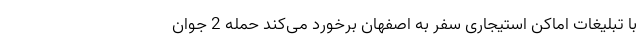
با تبلیغات اماکن استیجاری سفر به اصفهان برخورد می‌کند حمله 2 جوان